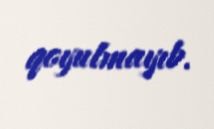
qoyulmayıb.